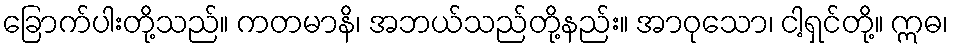
ခြောက်ပါးတို့သည်။ ကတမာနိ၊ အဘယ်သည်တို့နည်း။ အာဝုသော၊ ငါ့ရှင်တို့။ ဣဓ၊